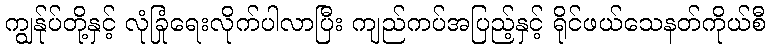
ကျွန်ုပ်တို့နှင့် လုံခြုံရေးလိုက်ပါလာပြီး ကျည်ကပ်အပြည့်နှင့် ရိုင်ဖယ်သေနတ်ကိုယ်စီ